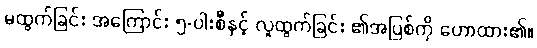
မထွက်ခြင်း အကြောင်း ၅-ပါးစီနှင့် လူထွက်ခြင်း ၏အပြစ်ကို ဟောထား၏။